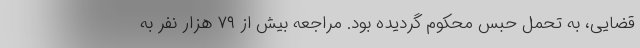
قضایی، به تحمل حبس محکوم گردیده بود. مراجعه بیش از ۷۹ هزار نفر به